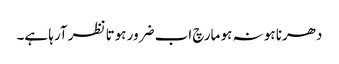
دھرنا ہو نہ ہو مارچ اب ضرور ہوتا نظر آرہا ہے۔